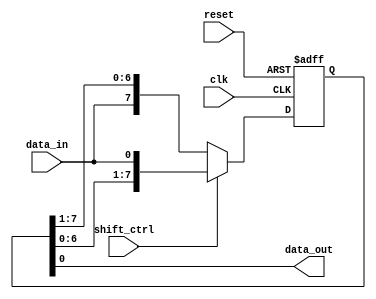
module shift_register(
    input wire clk,
    input wire reset,
    input wire shift_ctrl,
    input wire data_in,
    output reg data_out
);

reg [7:0] register;

always @(posedge clk or posedge reset) begin
    if (reset) begin
        register <= 8'b00000000;
    end else begin
        if (shift_ctrl) begin
            register <= {register[6:0], data_in};
        end else begin
            register <= {data_in, register[7:1]};
        end
    end
end

assign data_out = register[0];

endmodule